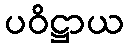
ပဝိဋ္ဌာယ